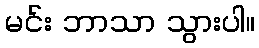
မင်း ဘာသာ သွားပါ။